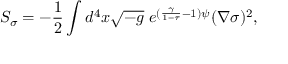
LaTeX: S _ { \sigma } = - \frac { 1 } { 2 } \int d ^ { 4 } x \sqrt { - g } \; e ^ { ( \frac { \gamma } { 1 - \tau } - 1 ) \psi } ( \nabla \sigma ) ^ { 2 } ,